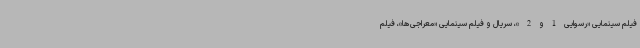
فیلم سینمایی «رسوایی1و2»، سریال و فیلم سینمایی «معراجی‌ها»، فیلم